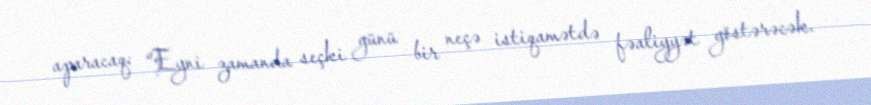
aparacaq: “Eyni zamanda seçki günü bir neçə istiqamətdə fəaliyyət göstərəcək.